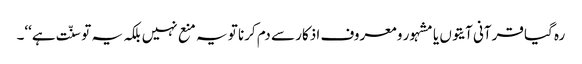
رہ گیا قرآنی آیتوں یا مشہور و معروف اذکار سے دم کرنا تو یہ منع نہیں بلکہ یہ تو سنّت ہے‘‘۔